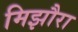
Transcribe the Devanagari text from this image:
मिझौरा